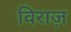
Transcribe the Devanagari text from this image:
विराज़